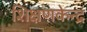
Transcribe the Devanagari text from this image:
शिक्षणकेन्द्र